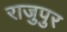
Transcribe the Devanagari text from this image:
राजुपुर